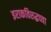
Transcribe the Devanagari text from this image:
इराकविरुद्धच्या